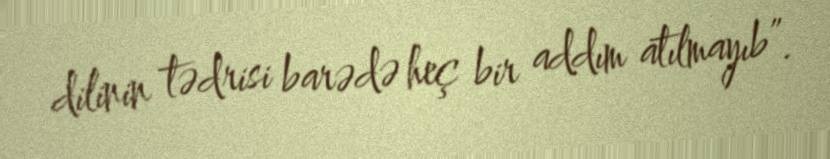
dilinin tədrisi barədə heç bir addım atılmayıb”.